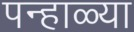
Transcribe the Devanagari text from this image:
पन्हाळ्या